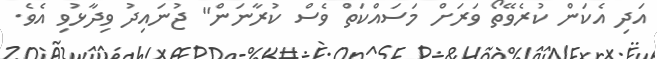
އަދި އެކަން ކުރެވޭތޯ ވަރަށް މަސައްކަތް ވެސް ކުރާނަން" ޖުނައިދު ވިދާޅުވި އެވެ.